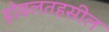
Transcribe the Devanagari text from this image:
होडलतहसील